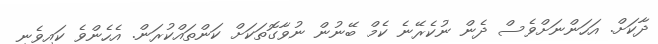
ދާކަށް. އަހަންނަށްވެސް ދެން ނުކެރޭނެ ކެމް ބޭނުން ނުވާގޮތަކަށް ކަންތައްކުރަން. އެހެންވެ ކައިވެނި